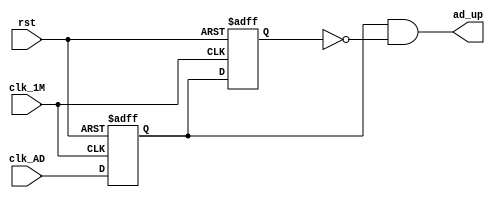
module AD_SIG(clk_1M,rst,clk_AD,ad_up);
input clk_1M,rst;
input clk_AD;
output ad_up;

reg H2L_F1;
reg H2L_F2;
/*
H2L_F1H2L_F2
H2L_Fx 1
*/
always@(posedge clk_1M or negedge rst)
begin
	if(!rst) 
		begin
			H2L_F1 <= 1'b1;
			H2L_F2 <= 1'b1;
		end
	else 
		begin
			H2L_F1 <= clk_AD;
			H2L_F2 <= H2L_F1;
		end
end

wire ad_up =H2L_F1 & (~H2L_F2);//
endmodule